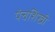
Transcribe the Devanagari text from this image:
पंचशिखी